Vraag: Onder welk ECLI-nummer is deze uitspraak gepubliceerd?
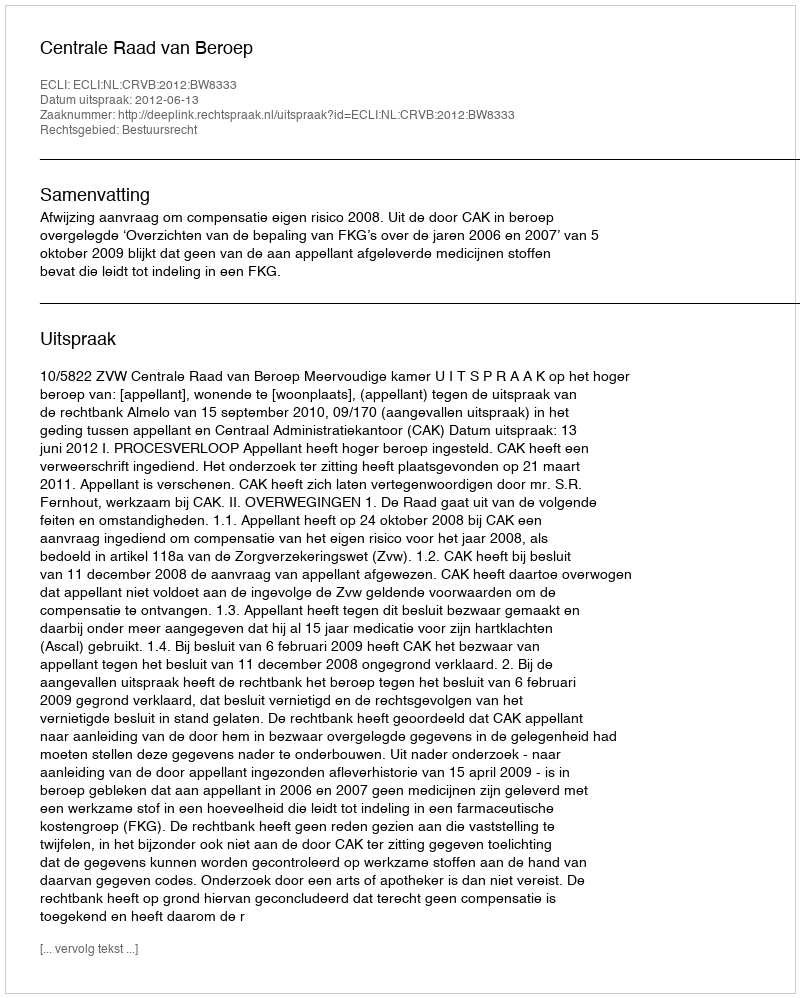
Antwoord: ECLI:NL:CRVB:2012:BW8333